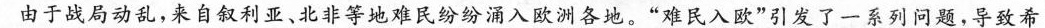
由于战局动乱，来自叙利亚、北非等地难民纷纷涌入欧洲各地。”难民入欧”引发了一系列问题，导致希